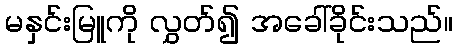
မနှင်းမြူကို လွှတ်၍ အခေါ်ခိုင်းသည်။